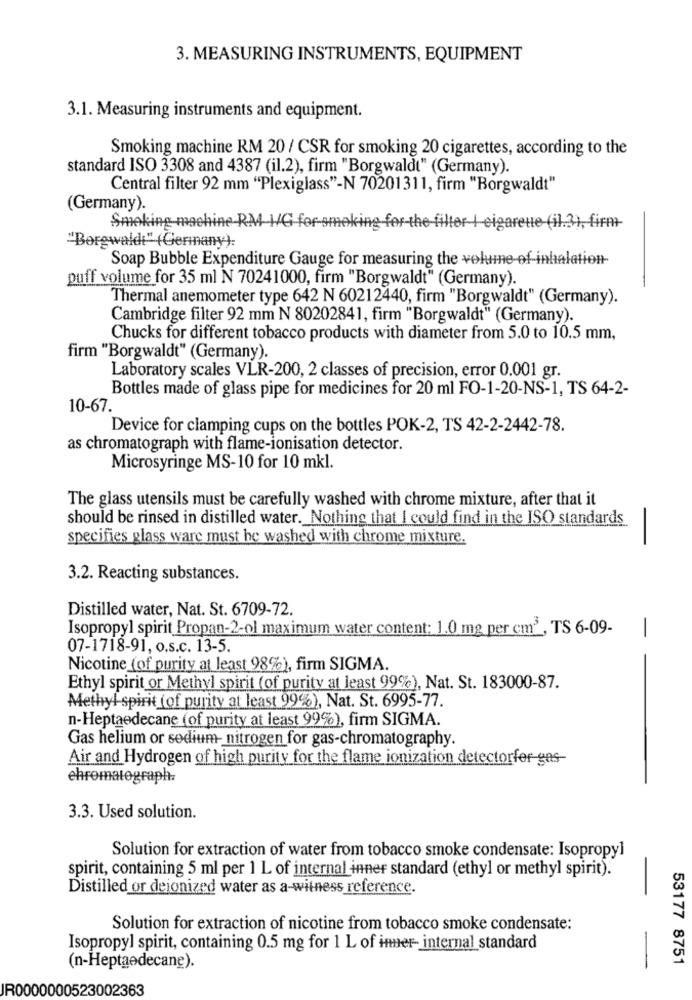
3. MEASURING INSTRUMENTS, EQUIPMENT
3.1. Measuring instruments and equipment.
Smoking machine RM 20 / CSR for smoking 20 cigarettes, according to the
standard ISO 3308 and 4387 (il.2), firm "Borgwaldt" (Germany).
Central filter 92 mm "Plexiglass"-N 70201311, firm "Borgwaldt"
(Germany).
Smoking-machine-RM HG
For-the-filter I eigareue (il.3), firm-
"Borgwaldt" (Germany):
Soap Bubble Expenditure Gauge for measuring the volume of-inhalation-
puff volume for 35 ml N 70241000, firm "Borgwaldt" (Germany).
Thermal anemometer type 642 N 60212440, firm "Borgwaldt" (Germany).
Cambridge filter 92 mm N 80202841, firm "Borgwaldt" (Germany).
Chucks for different tobacco products with diameter from 5.0 to 10.5 mm,
firm "Borgwaldt" (Germany).
Laboratory scales VLR-200, 2 classes of precision, error 0.001 gr.
Bottles made of glass pipe for medicines for 20 ml FO-1-20-NS-1, TS 64-2-
10-67.
Device for clamping cups on the bottles POK-2, TS 42-2-2442-78.
as chromatograph with flame-ionisation detector.
Microsyringe MS-10 for 10 mkl.
The glass utensils must be carefully washed with chrome mixture, after that it
should be rinsed in distilled water. Nothing that I could find in the ISO standards
specifies glass ware must he washed with chrome mixture.
3.2. Reacting substances.
Distilled water, Nat. St. 6709-72.
Isopropyl spirit Propan-2-ol maximum water content: 1.0 mg per cm3 , TS 6-09-
-
07-1718-91, o.s.c. 13-5.
Nicotine (of purity at least 98%), firm SIGMA.
Ethyl spirit or Methyl spirit (of purity at least 99%), Nat. St. 183000-87.
Methyl spirit (of purity at least 99%), Nat. St. 6995-77.
n-Heptaedecane (of purity at least 99%), firm SIGMA.
Gas helium or sedium- nitrogen for gas-chromatography.
Air and Hydrogen of high purity for the flame ionization detectorfor-gas-
chromatograph:
3.3. Used solution.
Solution for extraction of water from tobacco smoke condensate: Isopropyl
spirit, containing 5 ml per 1 L of internal inner standard (ethyl or methyl spirit).
-
Distilled or dejonized water as a-witness reference.
Solution for extraction of nicotine from tobacco smoke condensate:
Isopropyl spirit, containing 0.5 mg for 1 L of iner- internal standard
-
53177 8751
(n-Heptaedecane).
IR0000000523002363